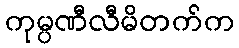
ကုမ္ပဏီလီမိတက်က